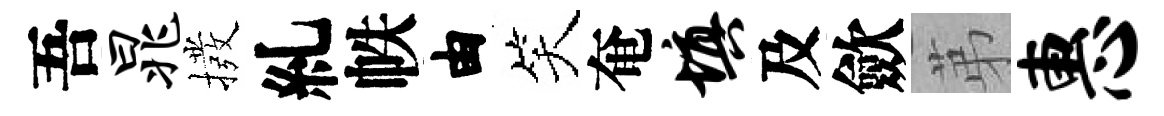
吾晁撥糺帙由笑奄填及歛苐惠